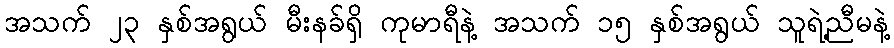
အသက် ၂၃ နှစ်အရွယ် မီးနခ်ရှိ ကုမာရီနဲ့ အသက် ၁၅ နှစ်အရွယ် သူရဲ့ညီမနဲ့